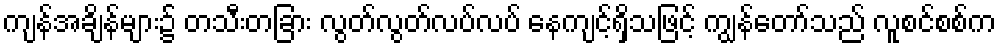
ကျန်အချိန်များ၌ တသီးတခြား လွတ်လွတ်လပ်လပ် နေကျင့်ရှိသဖြင့် ကျွန်တော်သည် လူစင်စစ်က